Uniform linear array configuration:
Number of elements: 8
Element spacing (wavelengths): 0.25
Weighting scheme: kaiser
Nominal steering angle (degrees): -15
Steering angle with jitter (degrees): -14.029
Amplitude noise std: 0.05
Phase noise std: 0.05

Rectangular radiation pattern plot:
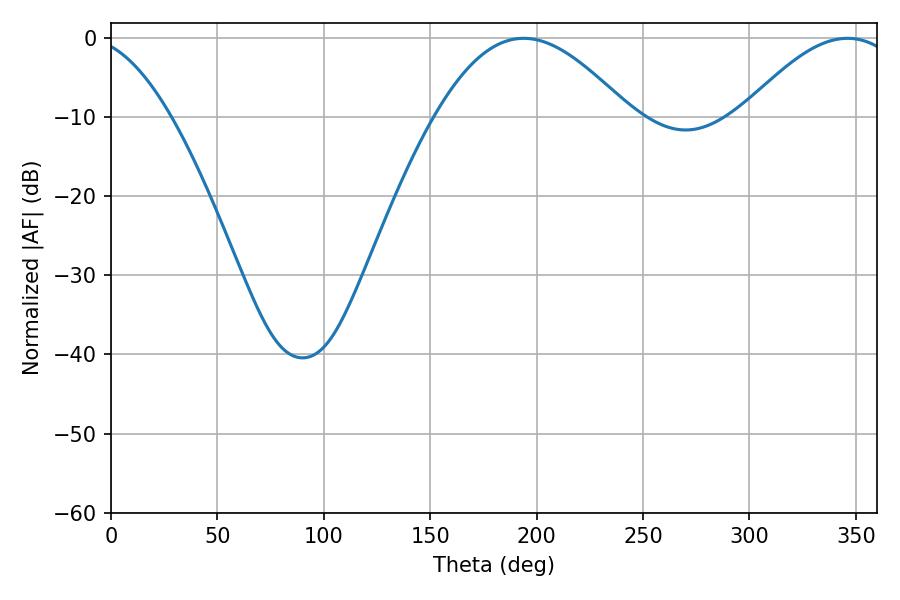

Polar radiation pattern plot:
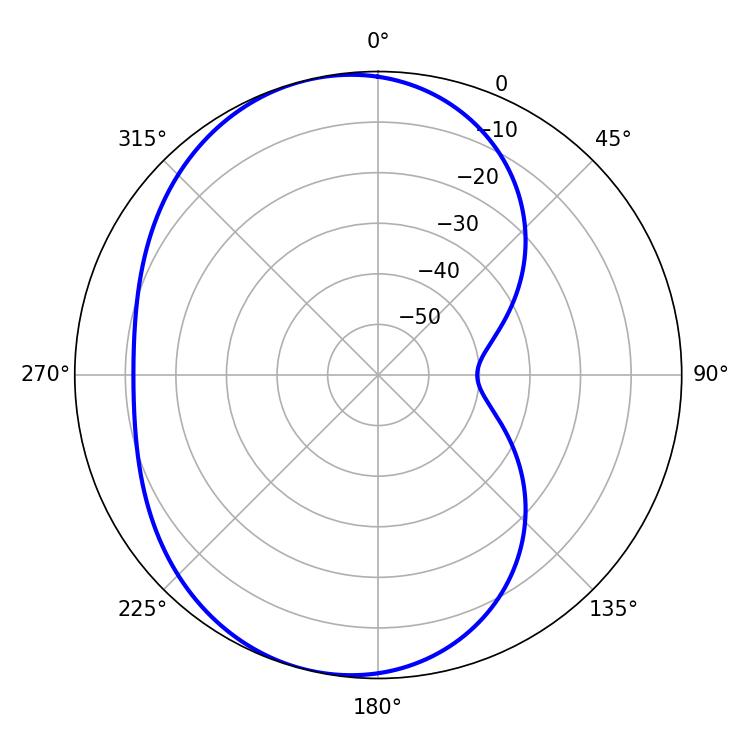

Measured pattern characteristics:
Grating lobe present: FALSE
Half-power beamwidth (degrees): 49.5
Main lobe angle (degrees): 193.86